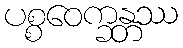
ပစ္စဝေက္ခန္တဿ